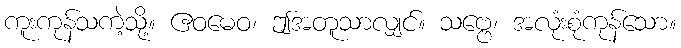
ကူးကုန်သကဲ့သို့။ ဧဝမေဝ၊ ဤအတူသာလျှင်။ သဗ္ဗေ၊ အလုံးစုံကုန်သော။